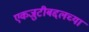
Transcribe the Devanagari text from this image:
एकजुटीबद्दलच्या